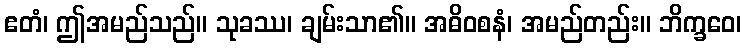
ဧတံ၊ ဤအမည်သည်။ သုခဿ၊ ချမ်းသာ၏။ အဓိဝစနံ၊ အမည်တည်း။ ဘိက္ခဝေ၊